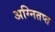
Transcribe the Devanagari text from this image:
अग्नितप्त